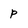
Character: P